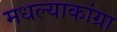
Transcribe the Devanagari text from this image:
मधल्याकांग्रा